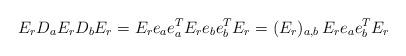
LaTeX: \begin{align*}E_rD_aE_rD_bE_r = E_r e_ae_a^TE_re_be_b^T E_r = (E_r)_{a,b}\, E_r e_ae_b^T E_r\end{align*}